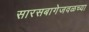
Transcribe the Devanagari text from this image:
सारसबागेजवळच्या